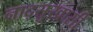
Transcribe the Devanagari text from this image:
नाद्सुखासी